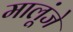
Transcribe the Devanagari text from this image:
मालूंजे